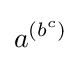
a^{\left(b^{c}\right)}